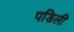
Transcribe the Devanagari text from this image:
पडिलीं